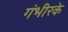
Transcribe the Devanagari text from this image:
गंभीरके